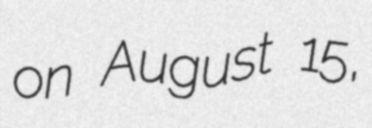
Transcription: on August 15,